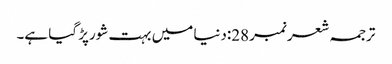
ترجمہ شعر نمبر28:دنیا میں بہت شورپڑ گیا ہے۔